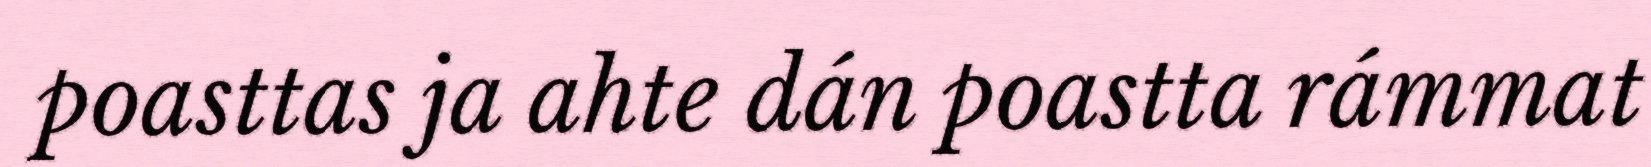
poasttas ja ahte dán poastta rámmat